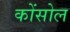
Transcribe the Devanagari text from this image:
कोंसोल